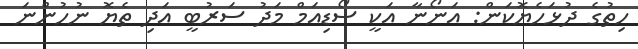
ހިތުގެ ދުޅަހެޔޮކަން: އަނޯނާ އަކީ ސޯޑިއަމް މަދު ސަރުބީ އަދި ތެޔޮ ނުހުންނަ